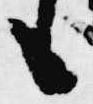
も